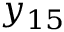
y _ { 1 5 }